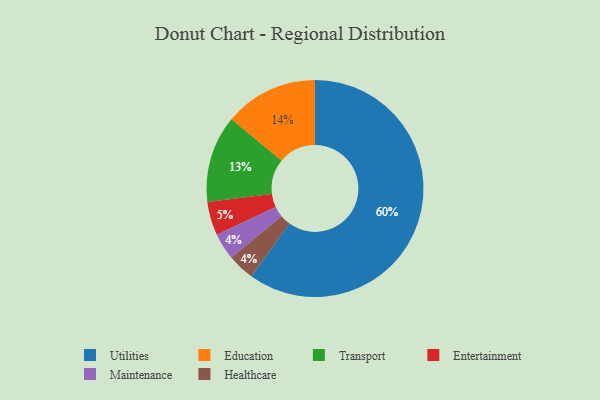
{"axis": {"x": "Category", "y": "Percentage"}, "legend": ["Education", "Entertainment", "Healthcare", "Maintenance", "Transport", "Utilities"], "data": [{"x": "Education", "y": 14, "type": "Education"}, {"x": "Transport", "y": 13, "type": "Transport"}, {"x": "Maintenance", "y": 4, "type": "Maintenance"}, {"x": "Utilities", "y": 60, "type": "Utilities"}, {"x": "Entertainment", "y": 5, "type": "Entertainment"}, {"x": "Healthcare", "y": 4, "type": "Healthcare"}]}